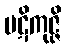
ပဋိကုဇ္ဇိ